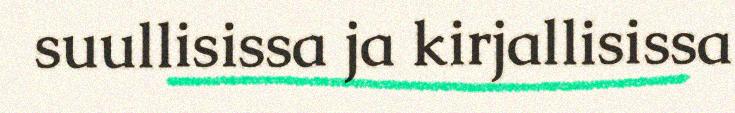
suullisissa ja kirjallisissa